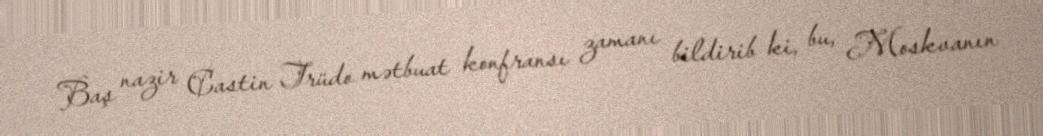
Baş nazir Castin Trüdo mətbuat konfransı zamanı bildirib ki, bu, Moskvanın